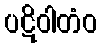
ပဋိဝါတံဝ